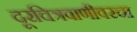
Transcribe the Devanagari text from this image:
दूरचित्रवाणीवरचा